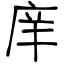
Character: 庠